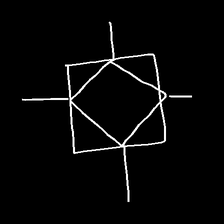
Glyph: light